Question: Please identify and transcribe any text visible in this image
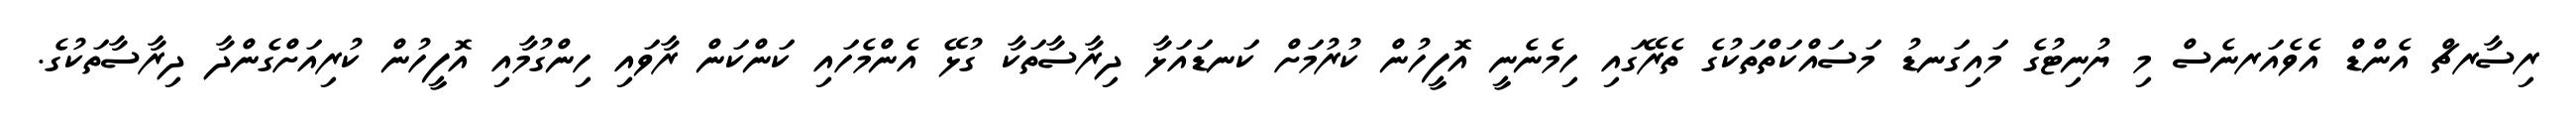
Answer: ރިސާރޗް އެންޑް އެވެއަރނެސް މި ޔުނިޓުގެ މައިގަނޑު މަސައްކަތްތަކުގެ ތެރޭގައި ހިމެނެނީ އޮފީހުން ކުރުމަށް ކަނޑައަޅާ ދިރާސާތަކާ ގުޅޭ އެންމެހައި ކަންކަން ރާވައި ހިންގުމާއި އޮފީހުން ކުރިއަށްގެންދާ ދިރާސާތަކުގެ.